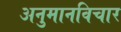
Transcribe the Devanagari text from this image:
अनुमानविचार